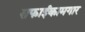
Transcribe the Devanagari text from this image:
सफाईकामगार